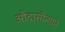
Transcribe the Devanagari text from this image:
औदासीन्याने